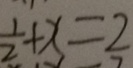
\frac { 1 } { 2 } + x = 2